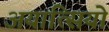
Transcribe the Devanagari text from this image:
अयात्सियो